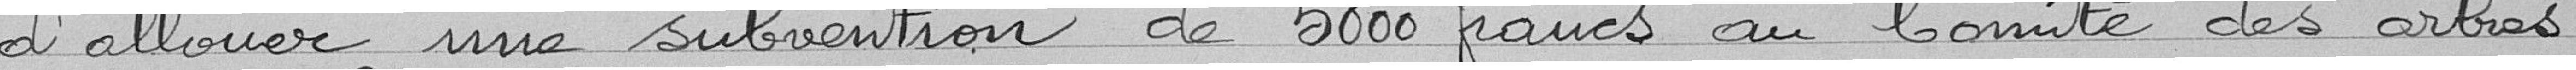
d'allouer une subvention de 5000 francs au Comité des arbres